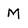
Character: M